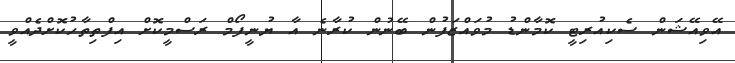
އޭވިއޭޝަން ސެކިއުރިޓީ ކޮމާންޑު މުވައްޒަފުން ބޭނުން ކުރާނެ އާ ޔުނީފޯމް ރަސްމީކޮށް އިފްތިތާހުކޮށްދެއްވީ